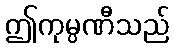
ဤကုမ္ပဏီသည်